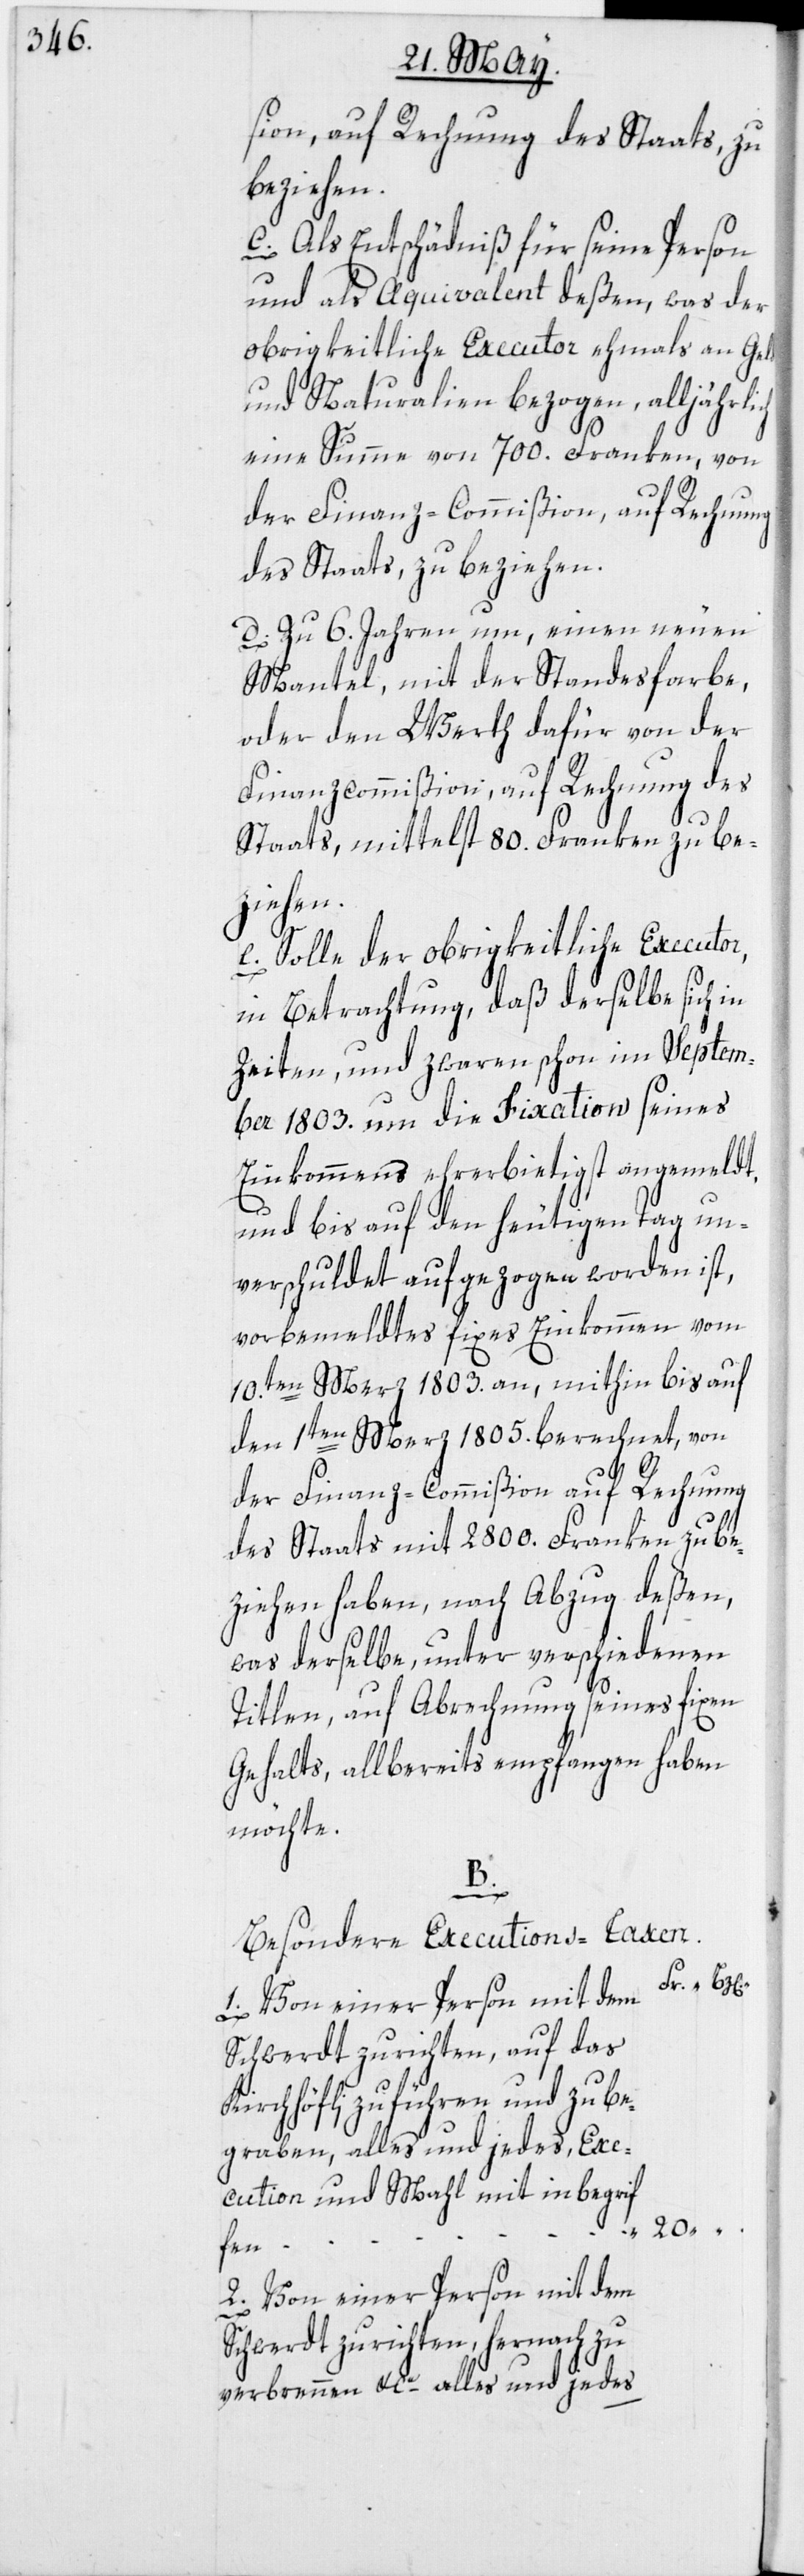
sion, auf Rechnung des Staats, zu
beziehen.
c. Als Entschädniß für seine Person
und als Aequivalent deßen, was der
obrigkeitliche Executor ehmals an Geld
und Naturalien bezogen, alljährli¬
eine Summe von 700. Franken, von
der Finanz-Commißion, auf Rechnung
des Staats, zu beziehen.
d. In 6. Jahren um, einen neuen
Mantel, mit der Standesfarbe,
oder den Werth dafür von der
Finanzcommißion, auf Rechnung des
ch
Staats, mittelst 80. Franken zu be¬
ziehen.
e. Solle der obrigkeitliche Executor,
in Betrachtung, daß derselbe sich in
Zeiten, und zwaren schon im Septem¬
ber 1803. um die Fixation seines
Einkommens ehrerbietigst angemeldt,
und bis auf den heutigen Tag un¬
verschuldet aufgezogen worden ist,
vorbemeldtes fixes Einkommen vom
10.ten Merz 1803. an, mithin bis auf
den 1ten Merz 1805. berechnet, von
der Finanz-Commißion auf Rechnung
des Staats mit 2800. Franken zu be¬
ziehen haben, nach Abzug deßen,
was derselbe, unter verschiedenen
Titlen, auf Abrechnung seines fixen
Gehalts, allbereits empfangen haben
möchte.
B.
Besondere Executions-Taxen.
Schwerdt zu richten, auf das
Kirchhöfli zu führen und zu be¬
graben, alles und jedes, Exe¬
cution und Mahl mit inbegrif¬
20.
fen,
2. Von einer Person mit dem
Schwerdt zu richten, hernach zu
verbrennen & ce alles und jedes